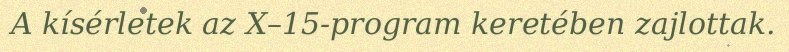
A kísérletek az X–15-program keretében zajlottak.